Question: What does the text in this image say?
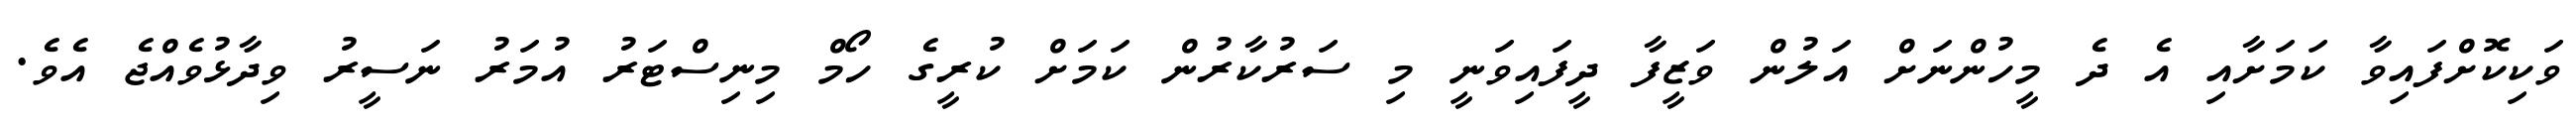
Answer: ވަކިކޮށްފައިވާ ކަމަށާއި އެ ދެ މީހުންނަށް އަލުން ވަޒީފާ ދީފައިވަނީ މި ސަރުކާރުން ކަމަށް ކުރީގެ ހޯމް މިނިސްޓަރު އުމަރު ނަސީރު ވިދާޅުވެއްޖެ އެވެ.